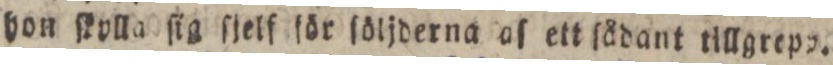
hon ſkylla ſig ſjelf för ſöljderna af ett ſådant tillgrepp.